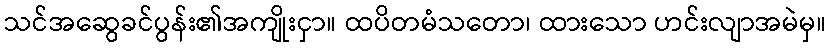
သင်အဆွေခင်ပွန်း၏အကျိုးငှာ။ ထပိတမံသတော၊ ထားသော ဟင်းလျာအမဲမှ။